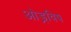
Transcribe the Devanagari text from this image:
ओड्रविष